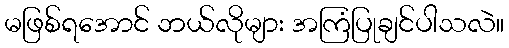
မဖြစ်ရအောင် ဘယ်လိုများ အကြံပြုချင်ပါသလဲ။